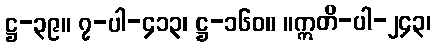
ဋ္ဌ-၃၉။ ၇-ပါ-၄၁၃၊ ဋ္ဌ-၁၆၀။ ။ဣတိ-ပါ-၂၄၃၊